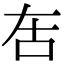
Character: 𠯛